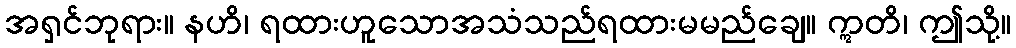
အရှင်ဘုရား။ နဟိ၊ ရထားဟူသောအသံသည်ရထားမမည်ချေ။ ဣတိ၊ ဤသို့။